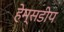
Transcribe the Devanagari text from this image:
हेम्सडीप